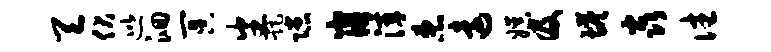
天伏巡洄冥番距隙崩滓患远娱及塔焱往